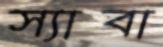
স্যাবা